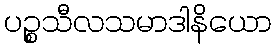
ပဉ္စသီလသမာဒါနိယော